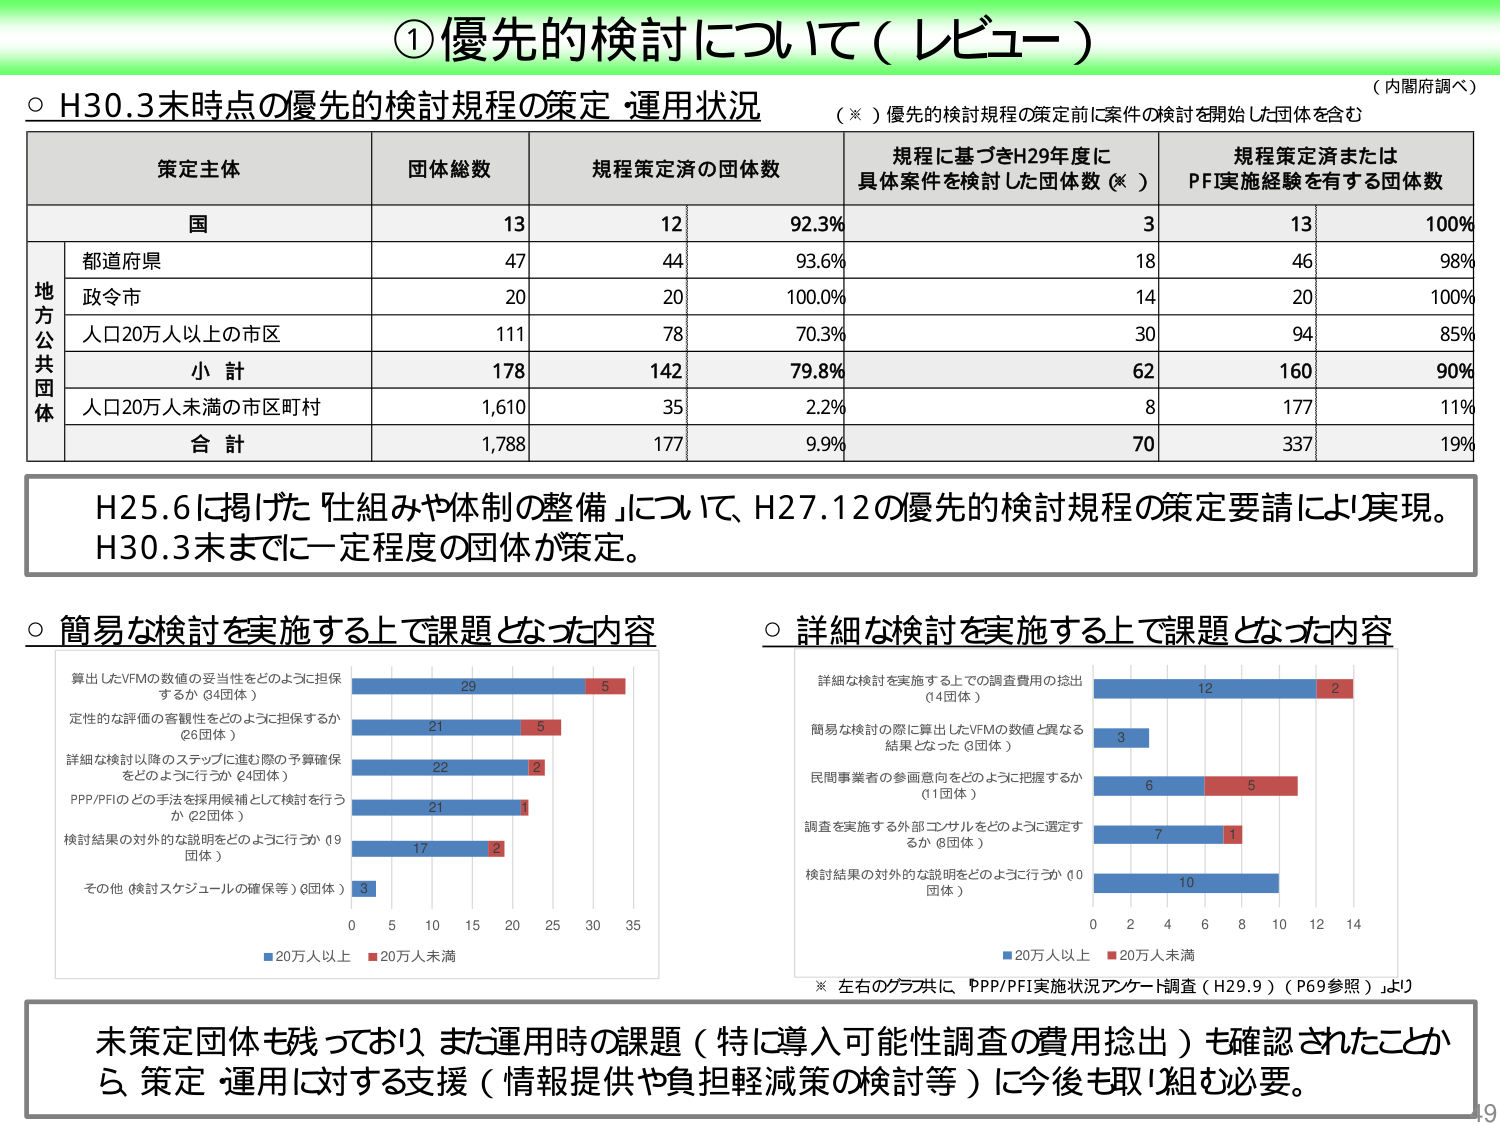
① 優先的検討について（レビュー）

○ H30.3末時点の優先的検討規程の策定・運用状況
（※）優先的検討規程の策定前に案件の検討を開始した団体を含む
（内閣府調べ）

| 策定主体 | 団体総数 | 規程策定済の団体数 | 規程に基づきH29年度に具体案件を検討した団体数（※） | 規程策定済またはPFI実施経験を有する団体数 |
|----------|----------|-------------------|-----------------------------------------------|------------------------------------------|
| 国       | 13       | 12                | 92.3%                                         | 3                                        | 13       | 100%     |
| 地方公共団体 | 都道府県 | 47                | 44                                              | 93.6%                                   | 18       | 46       | 98%      |
|          | 政令市   | 20                | 20                                              | 100.0%                                  | 14       | 20       | 100%     |
|          | 人口20万人以上の市区 | 111       | 78                                              | 70.3%                                   | 30       | 94       | 85%      |
|          | 小計     | 178               | 142                                             | 79.8%                                   | 62       | 160      | 90%      |
|          | 人口20万人未満の市区町村 | 1,610 | 35                                              | 2.2%                                    | 8        | 177      | 11%      |
|          | 合計     | 1,788             | 177                                             | 9.9%                                    | 70       | 337      | 19%      |

H25.6に掲げた「仕組みや体制の整備」について、H27.12の優先的検討規程の策定要請により実現。
H30.3末までに一定程度の団体が策定。

○ 簡易な検討を実施する上で課題となった内容

- 算出したVFMの数値の妥当性をどのように担保するか（34団体） → 29（20万人以上）, 5（20万人未満）
- 定性的な評価の客観性をどのように担保するか（26団体） → 21（20万人以上）, 5（20万人未満）
- 詳細な検討以降のステップに進む際の予算確保をどのように行うか（24団体） → 22（20万人以上）, 2（20万人未満）
- PPP/PFIのどの手法を採用候補として検討を行うか（22団体） → 21（20万人以上）, 1（20万人未満）
- 検討結果の対外的な説明をどのように行うか（19団体） → 17（20万人以上）, 2（20万人未満）
- その他（検討スケジュールの確保等）（8団体） → 3（20万人以上）, 0（20万人未満）

○ 詳細な検討を実施する上で課題となった内容

- 詳細な検討を実施する上での調査費用の捻出（14団体） → 12（20万人以上）, 2（20万人未満）
- 簡易な検討の際に算出したVFMの数値と異なる結果となった（3団体） → 3（20万人以上）, 0（20万人未満）
- 民間事業者の参画意向をどのように把握するか（11団体） → 6（20万人以上）, 5（20万人未満）
- 調査を実施する外部コンサルをどのように選定するか（8団体） → 7（20万人以上）, 1（20万人未満）
- 検討結果の対外的な説明をどのように行うか（10団体） → 10（20万人以上）, 0（20万人未満）

※ 左右のグラフ共に、PPP/PFI実施状況アンケート調査（H29.9）（P69参照）より

未策定団体も残っており、また運用時の課題（特に導入可能性調査の費用捻出）も確認されたことから、策定・運用に対する支援（情報提供や負担軽減策の検討等）に今後も取り組む必要。

19